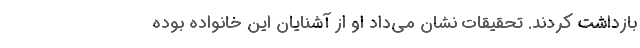
بازداشت کردند. تحقیقات نشان می‌داد او از آشنایان این خانواده بوده